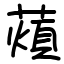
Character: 薠